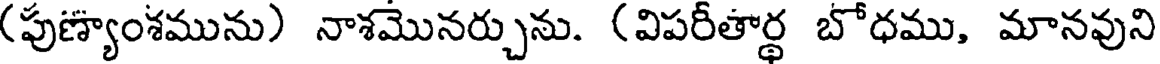
(పుణ్యాంశమును) నాశమొనర్చును. (విపరీతార్థ బోధము, మానవుని